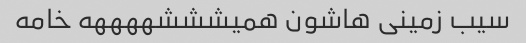
سیب زمینی هاشون همیشششههههه خامه